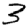
Digit: 3